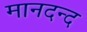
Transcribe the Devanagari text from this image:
मानदन्द